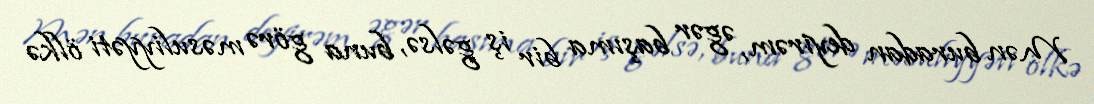
Mən buradan deyirəm, əgər başıma bir iş gəlsə, buna görə məsuliyyəti ölkə